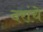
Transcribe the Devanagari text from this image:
दरांचे